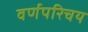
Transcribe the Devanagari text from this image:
वर्णपरिचय